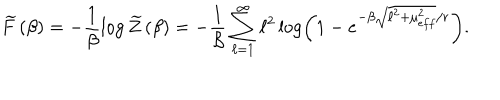
\widetilde { F } \left( \beta \right) = - \frac { 1 } { \beta } \log \widetilde { Z } \left( \beta \right) = - \frac { 1 } { \beta } \sum _ { \ell = 1 } ^ { \infty } \ell ^ { 2 } \log \left( 1 - e ^ { - \beta \sqrt { \ell ^ { 2 } + \mu _ { e f f } ^ { 2 } } / r } \right) .